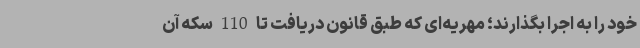
خود را به اجرا بگذارند؛ مهریه‌ای که طبق قانون دریافت تا 110 سکه آن